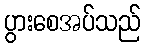
ပွားစေအပ်သည်